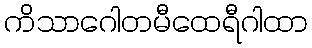
ကိသာဂေါတမီထေရီဂါထာ